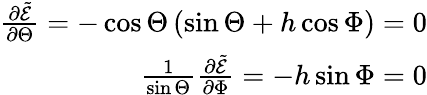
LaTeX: \begin{array}{r}{\frac{\partial\tilde{\mathcal{E}}}{\partial\Theta}=-\cos\Theta\left(\sin\Theta+h\cos\Phi\right)=0}\\ {\frac{1}{\sin\Theta}\frac{\partial\tilde{\mathcal{E}}}{\partial\Phi}=-h\sin\Phi=0}\end{array}